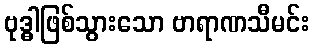
ဗုဒ္ဓါဖြစ်သွားသော ဗာရာဏသီမင်း